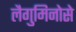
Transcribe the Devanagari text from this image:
लैगुमिनोसे